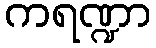
ကရဏ္ဍာ